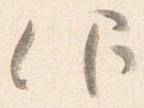
仰